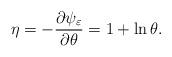
LaTeX: \begin{align*} \eta=-\frac{\partial \psi_\varepsilon}{\partial \theta}=1+\ln \theta. \end{align*}